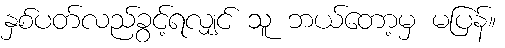
နှစ်ပတ်လည်ခွင့်ရလျှင် သူ ဘယ်တော့မှ မပြန်။